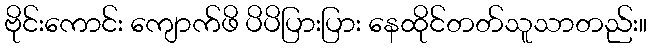
ဗိုင်းကောင်း ကျောက်ဖိ ပိပိပြားပြား နေထိုင်တတ်သူသာတည်း။